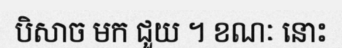
បិសាច មក ជួយ ។ ខណៈ នោះ